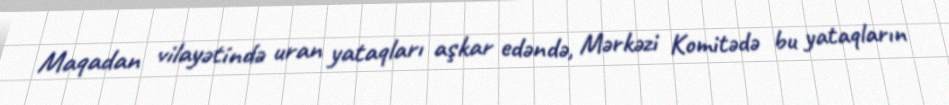
Maqadan vilayətində uran yataqları aşkar edəndə, Mərkəzi Komitədə bu yataqların